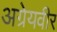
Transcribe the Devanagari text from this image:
अग्रेयवीर